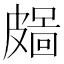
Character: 𥀜